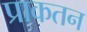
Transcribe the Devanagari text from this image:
प्राकतन